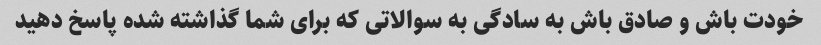
خودت باش و صادق باش به سادگی به سوالاتی که برای شما گذاشته شده پاسخ دهید